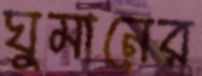
ঘুমানের